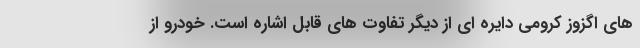
های اگزوز کرومی دایره ای از دیگر تفاوت های قابل اشاره است. خودرو از